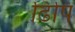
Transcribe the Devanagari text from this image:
ढिपि